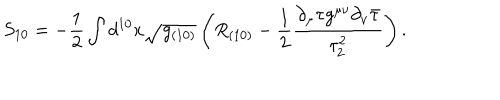
S _ { 1 0 } = - \frac 1 2 \int d ^ { 1 0 } x \sqrt { g _ { ( 1 0 ) } } \left( R _ { ( 1 0 ) } - \frac 1 2 \frac { \partial _ { \mu } \tau g ^ { \mu \nu } \partial _ { \nu } { \bar { \tau } } } { \tau _ { 2 } ^ { 2 } } \right) .